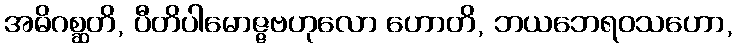
အဓိဂစ္ဆတိ, ပီတိပါမောဇ္ဇဗဟုလော ဟောတိ, ဘယဘေရဝသဟော,